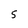
Character: S